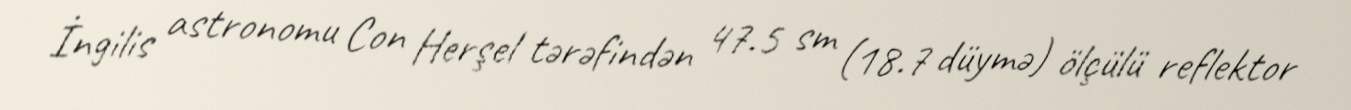
İngilis astronomu Con Herşel tərəfindən 47.5 sm (18.7 düymə) ölçülü reflektor